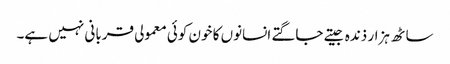
ساٹھ ہزار ذندہ جیتے جاگتے انسانوں کا خون کوئی معمولی قربانی نہیں ہے۔